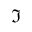
\Im